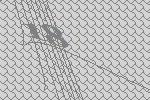
18